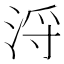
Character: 浖